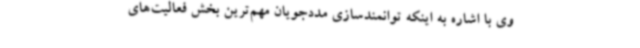
وی با اشاره به اینکه توانمندسازی مددجویان مهم‌ترین بخش فعالیت‌های